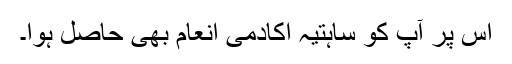
اس پر آپ کو ساہتیہ اکادمی انعام بھی حاصل ہوا۔